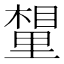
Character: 𮷮